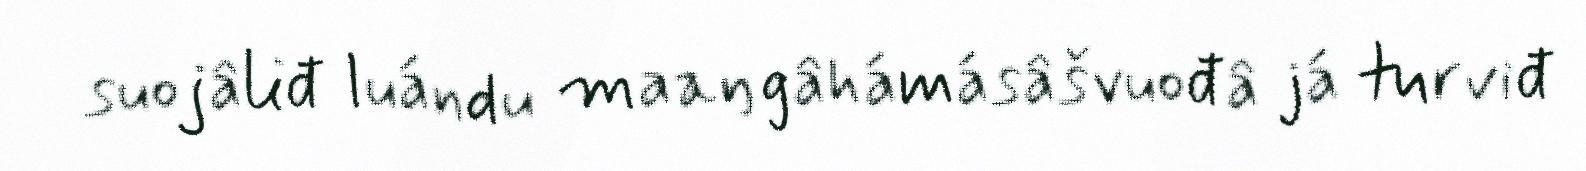
suojâliđ luándu maaŋgâhámásâšvuođâ já turviđ